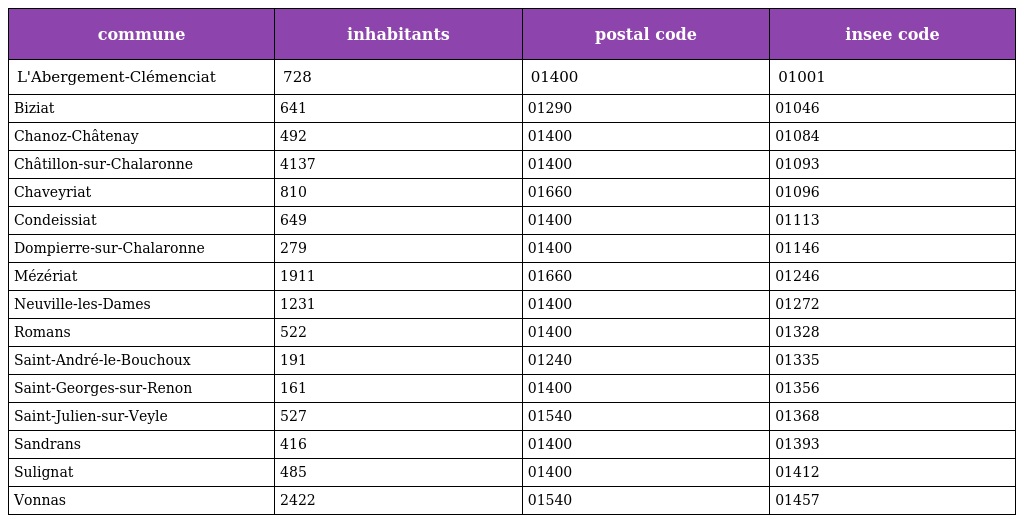
| commune | inhabitants | postal code | insee code |
 | --- | --- | --- | --- |
 | L'Abergement-Clémenciat | 728 | 01400 | 01001 |
 | Biziat | 641 | 01290 | 01046 |
 | Chanoz-Châtenay | 492 | 01400 | 01084 |
 | Châtillon-sur-Chalaronne | 4137 | 01400 | 01093 |
 | Chaveyriat | 810 | 01660 | 01096 |
 | Condeissiat | 649 | 01400 | 01113 |
 | Dompierre-sur-Chalaronne | 279 | 01400 | 01146 |
 | Mézériat | 1911 | 01660 | 01246 |
 | Neuville-les-Dames | 1231 | 01400 | 01272 |
 | Romans | 522 | 01400 | 01328 |
 | Saint-André-le-Bouchoux | 191 | 01240 | 01335 |
 | Saint-Georges-sur-Renon | 161 | 01400 | 01356 |
 | Saint-Julien-sur-Veyle | 527 | 01540 | 01368 |
 | Sandrans | 416 | 01400 | 01393 |
 | Sulignat | 485 | 01400 | 01412 |
 | Vonnas | 2422 | 01540 | 01457 |